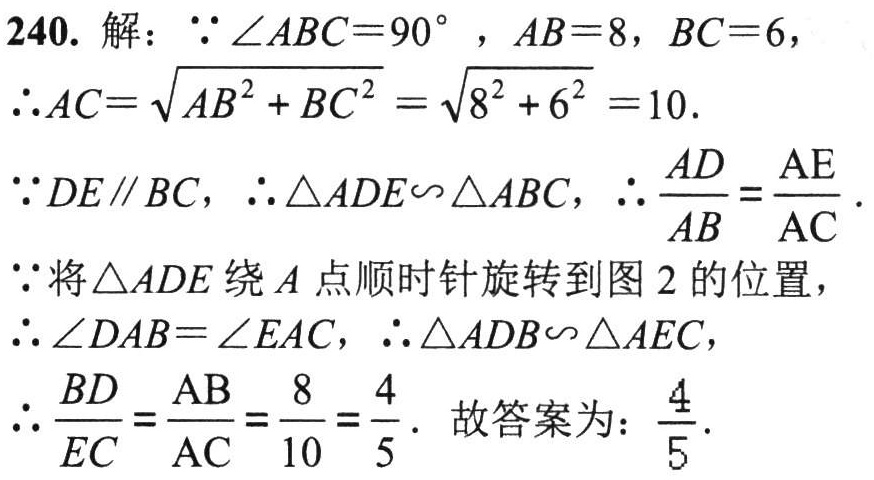
240. 解：\(\because \angle ABC = 90^{\circ}, AB = 8, BC = 6\)，
\(\therefore AC=\sqrt{AB^{2}+BC^{2}}=\sqrt{8^{2}+6^{2}} = 10\).
\(\because DE\parallel BC\)，\(\therefore \triangle ADE\sim\triangle ABC\)，\(\therefore \frac{AD}{AB}=\frac{AE}{AC}\).
\(\because\)将\(\triangle ADE\)绕\(A\)点顺时针旋转到图 2 的位置，
\(\therefore \angle DAB=\angle EAC\)，\(\therefore \triangle ADB\sim\triangle AEC\)，
\(\therefore \frac{BD}{EC}=\frac{AB}{AC}=\frac{8}{10}=\frac{4}{5}\). 故答案为：\(\frac{4}{5}\).